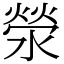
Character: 滎